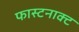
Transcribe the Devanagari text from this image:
फास्टनाक्ट